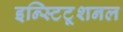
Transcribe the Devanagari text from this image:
इन्स्टिटूशनल